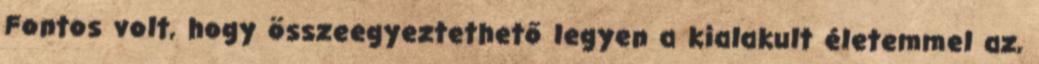
Fontos volt, hogy összeegyeztethető legyen a kialakult életemmel az,